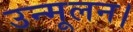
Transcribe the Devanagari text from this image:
उन्मूलन।